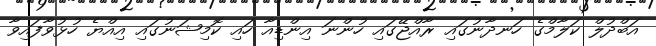
އަބްދުލް ކަލާމްގެ ހަނދާނުގައި ރާއްޖޭގައި ހުންނަ އިންޑިއާ ހައި ކޮމިޝަނުގައި އިއްޔެ ހުޅުވާފައިވާ